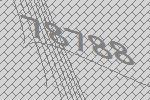
78788